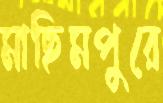
মাছিমপুরে